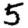
Digit: 5